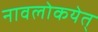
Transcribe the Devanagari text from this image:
नावलोकयेत्